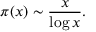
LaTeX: \pi ( x ) \sim { \frac { x } { \log x } } .